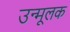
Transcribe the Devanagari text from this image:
उन्मूलक